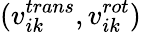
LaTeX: (v_{ik}^{trans},v_{ik}^{rot})